system: You are a helpful assistant.
user:
Analyze the provided spectrum to determine if it is a **"Cataclysmic Variables (CV)"**.

- **Key Indicators for CV (Check for either state):**
    - **State 1: Quiescent / Low-State (Emission-Dominated)**
        - **(Primary):** Strong and *very broad* Hydrogen Balmer emission lines (e.g., $H\alpha$ at 6563 Å, $H\beta$ at 4861 Å). The 'broadness' (high velocity dispersion, often FWHM > 1000 km/s) is the key diagnostic, indicating a high-velocity accretion disk.
        - **(Secondary):** Broad neutral Helium (He I) emission lines (e.g., 5876 Å, 6678 Å).
        - **(Key Confirmation):** Presence of high-excitation *ionized* Helium (He II) emission at 4686 Å. This is a strong indicator of accretion onto a white dwarf.
        - **(Line Profile):** Emission lines may exhibit a 'double-peaked' profile, which is a classic signature of a rotating accretion disk viewed at high inclination.

    - **State 2: Outburst / High-State (Absorption-Dominated)**
        - **(Primary):** Spectrum is dominated by a bright, blue continuum (looks like a hot star).
        - **(Secondary):** The emission lines from State 1 are weak, absent, or 'filled in', and are replaced by broad, shallow *absorption* lines (primarily Balmer and He I).
        - **(Morphology):** The overall spectrum mimics a hot B/A-type star. The crucial difference is that the absorption lines are significantly broader, shallower, and more 'washed-out' (or 'smeared') than the sharp lines of a normal stellar photosphere, due to high rotational speeds and pressure broadening in the disk.

Think first, call **spectral_visualization_tool** if needed to examine features in detail, then provide your final answer. Your response must adhere to the following strict rules:
1.  **Overall Structure:** Your response must follow the format `<think>...</think> <tool_call>...</tool_call> (if a tool is used) <answer>...</answer>`.
2.  **Tool Usage Constraint:** You may only make **one** tool call per turn.
3.  **Final Answer Format:** In the `<answer>` tag, your conclusion must be inside a `\boxed{}` command (e.g., `\boxed{YES}`), followed by your justification.

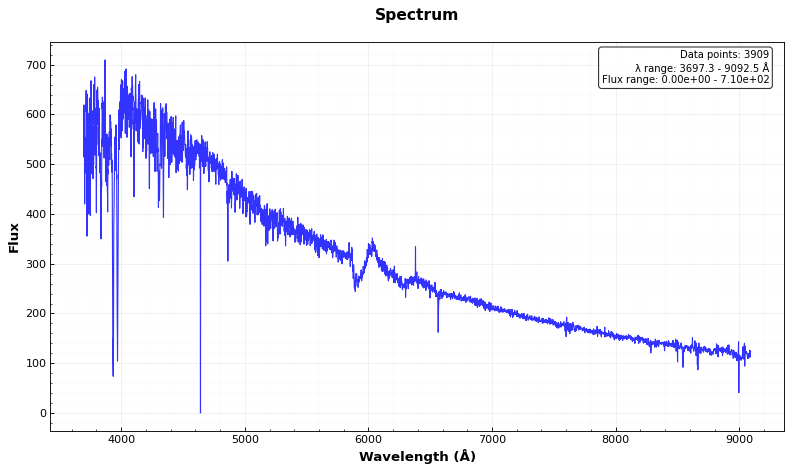
Answer: NO